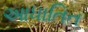
આધાતિત